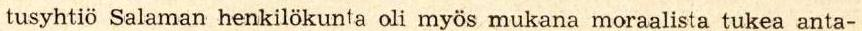
Slalom-mäessä ei ollut niinkään hengenvaarallista, sillä henkivakuu-